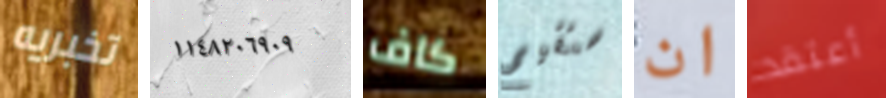
تخبريه ١١٤٨٢٠٦٩٠٩ كاف ستقيم ان أعتقد